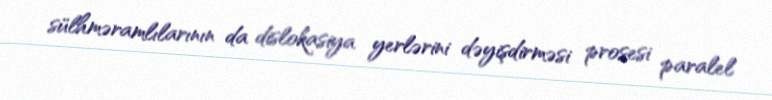
sülhməramlılarının da dislokasiya yerlərini dəyişdirməsi prosesi paralel